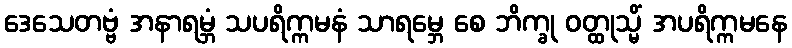
ဒေသေတဗ္ဗံ အနာရမ္ဘံ သပရိက္ကမနံ သာရမ္ဘေ စေ ဘိက္ခု ဝတ္ထုသ္မိံ အပရိက္ကမနေ